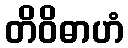
တိဝိဓာဟံ